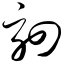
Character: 驷